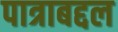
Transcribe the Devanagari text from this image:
पात्राबद्दल